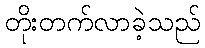
တိုးတက်လာခဲ့သည်